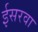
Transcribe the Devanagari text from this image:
ईसरवा